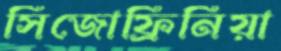
সিজোফ্রিনিয়া